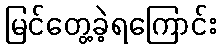
မြင်တွေ့ခဲ့ရကြောင်း